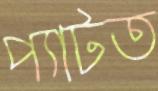
প্যাটত